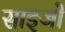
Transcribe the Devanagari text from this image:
साइजों